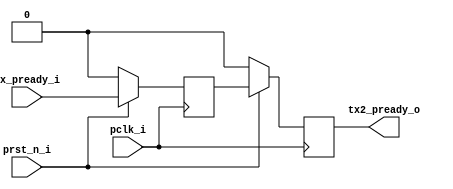
module sync_ready_s_2_p(
	input pclk_i,
	input prst_n_i,
	input tx_pready_i,
	output reg tx2_pready_o
);
reg tx1_pready_o;

always@(posedge pclk_i)
	if(!prst_n_i)
		begin
			tx2_pready_o <= 1'b0;
			tx1_pready_o <= 1'b0;
		end
	else
		begin
			tx2_pready_o <= tx1_pready_o;
			tx1_pready_o	<= tx_pready_i;
		end

endmodule